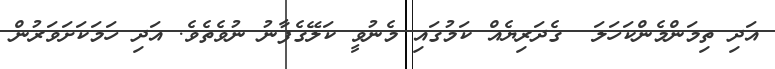
އަދި ތިމަންމެންކަހަލަ  ގެދަރިޔެއް ކަމުގައި މެނުވީ ކަލޭގެފާނު ނުވެތެވެ. އަދި ހަމަކަށަވަރުން